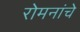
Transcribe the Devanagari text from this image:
रोमनांचे